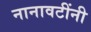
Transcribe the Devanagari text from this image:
नानावटींनी